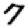
Digit: 7